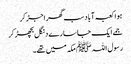
ہوا کعبہ آباد سب گھر اجڑ کر
جمے ایک جاسارے دنگل بچھڑ کر
رسول اللہﷺ مکہ میں تھے۔